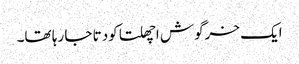
ایک خرگوش اچھلتا کودتا جا رہا تھا۔